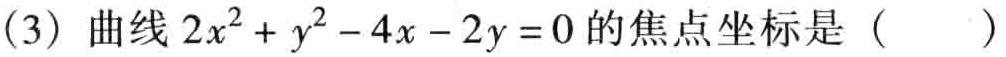
(3) 曲线 \(2x^{2}+y^{2}-4x - 2y = 0\) 的焦点坐标是（  ）